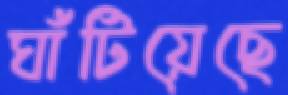
ঘাঁটিয়েছে